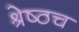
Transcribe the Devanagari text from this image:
श्रेष्ठच